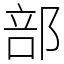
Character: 部